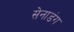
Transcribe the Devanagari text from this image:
सेनाडंग